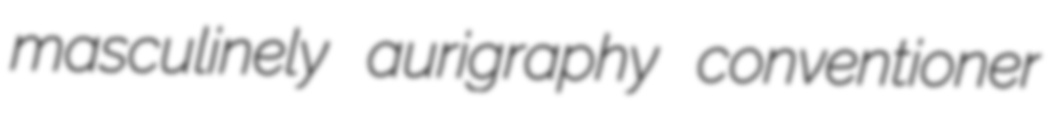
masculinely aurigraphy conventioner